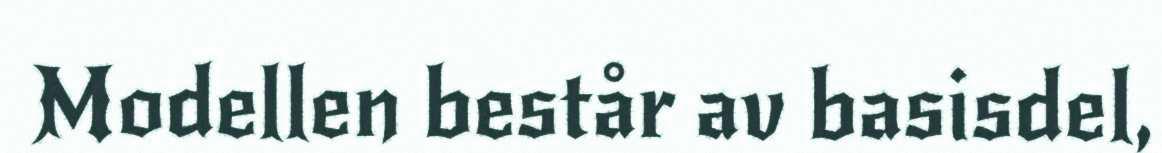
Modellen består av basisdel,